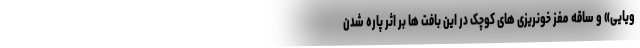
ویایی» و ساقه مغز خونریزی های کوچک در این بافت ها بر اثر پاره شدن